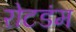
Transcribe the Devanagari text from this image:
रोटडंम